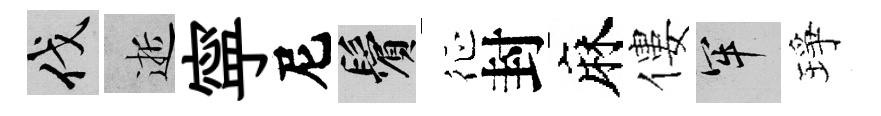
伐逝寜尼鬢征封麻僂牢琤